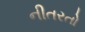
નીતરતો